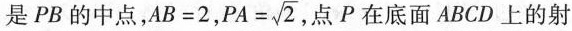
是PB的中点，$$A B = 2$$， $$P A = \sqrt { 2 }$$ 点P在底面ABCD 上的射